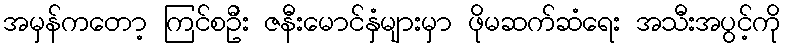
အမှန်ကတော့ ကြင်စဦး ဇနီးမောင်နှံများမှာ ဖိုမဆက်ဆံရေး အသီးအပွင့်ကို